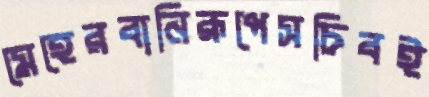
মেহেরবানিরূপেসচিবই